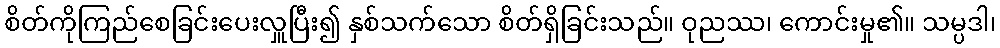
စိတ်ကိုကြည်စေခြင်းပေးလှူပြီး၍ နှစ်သက်သော စိတ်ရှိခြင်းသည်။ ဝုညဿ၊ ကောင်းမှု၏။ သမ္ပဒါ၊